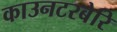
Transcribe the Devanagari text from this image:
काउनटरबेरि